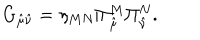
G _ { \hat { \mu } \hat { \nu } } = \eta _ { M N } \Pi _ { \hat { \mu } } ^ { M } \Pi _ { \hat { \nu } } ^ { N } .